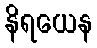
နိရယေန